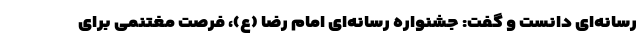
رسانه‌ای دانست و گفت: جشنواره رسانه‌ای امام رضا (ع)، فرصت مغتنمی برای